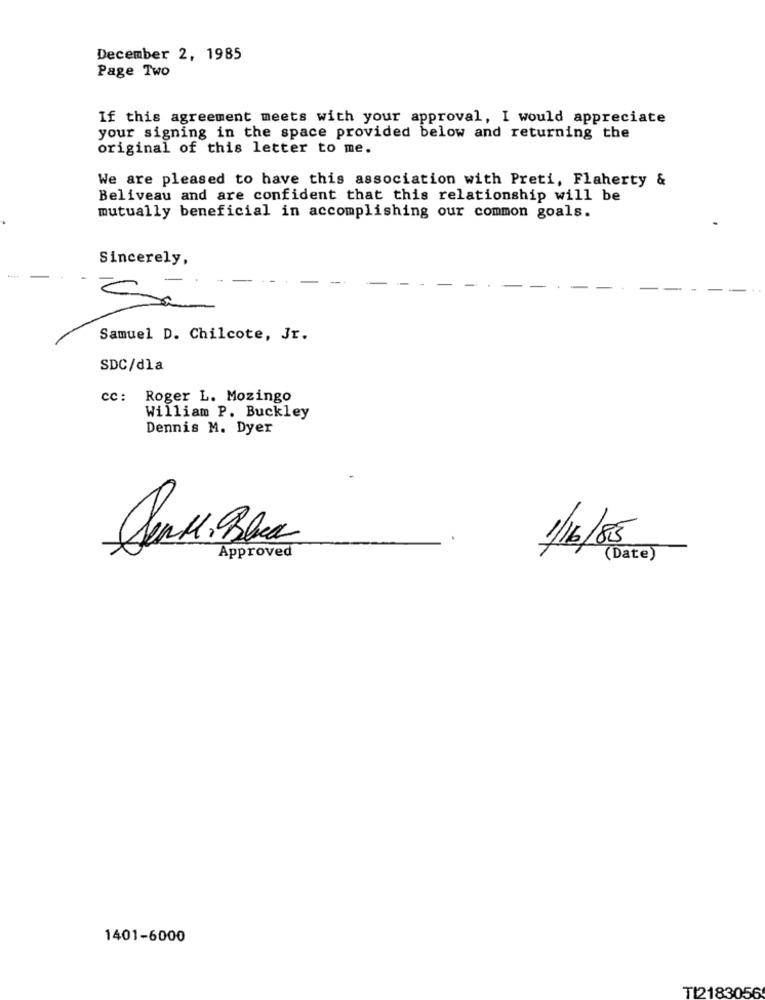
December 2, 1985
Page Two
If this agreement meets with your approval, I would appreciate
your signing in the space provided below and returning the
original of this letter to me.
We are pleased to have this association with Preti, Flaherty &
Beliveau and are confident that this relationship will be
mutually beneficial in accomplishing our common goals.
Sincerely,
Samuel D. Chilcote, Jr.
SDC/dla
cc: Roger L. Mozingo
William P. Buckley
Dennis M. Dyer
1/6/85
Approved
(Date)
1401-6000
T12183056